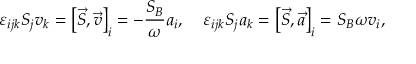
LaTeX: \varepsilon _ { i j k } S _ { j } v _ { k } = \left[ \vec { S } , \vec { v } \right] _ { i } = - \frac { S _ { B } } { \omega } a _ { i } , \quad \varepsilon _ { i j k } S _ { j } a _ { k } = \left[ \vec { S } , \vec { a } \right] _ { i } = { S _ { B } } { \omega } v _ { i } ,